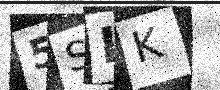
Text: 5SLK